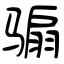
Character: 骟